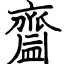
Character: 齍